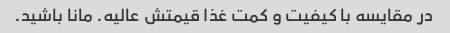
در مقایسه با کیفیت و کمت غذا قیمتش عالیه. مانا باشید.